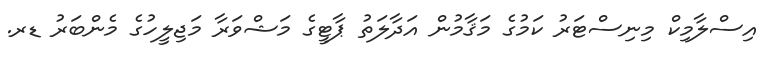
އިސްލާމިކް މިނިސްޓަރު ކަމުގެ މަޤާމުން އަދާލަތު ޕާޓީގެ މަޝްވަރާ މަޖިލީހުގެ މެންބަރު ޑރ.